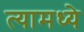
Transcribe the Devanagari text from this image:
त्‍यामध्‍ये